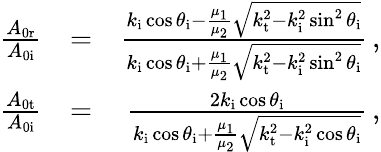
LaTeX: \begin{array}{rlr}{\frac{A_{\mathrm{0r}}}{A_{\mathrm{0i}}}}&{=}&{\frac{k_{\mathrm{i}}\cos\theta_{\mathrm{i}}-\frac{\mu_{1}}{\mu_{2}}\sqrt{k_{\mathrm{t}}^{2}-k_{\mathrm{i}}^{2}\sin^{2}\theta_{\mathrm{i}}}}{k_{\mathrm{i}}\cos\theta_{\mathrm{i}}+\frac{\mu_{1}}{\mu_{2}}\sqrt{k_{\mathrm{t}}^{2}-k_{\mathrm{i}}^{2}\sin^{2}\theta_{\mathrm{i}}}}\, ,}\\ {\frac{A_{\mathrm{0t}}}{A_{\mathrm{0i}}}}&{=}&{\frac{2k_{\mathrm{i}}\cos\theta_{\mathrm{i}}}{k_{\mathrm{i}}\cos\theta_{\mathrm{i}}+\frac{\mu_{1}}{\mu_{2}}\sqrt{k_{\mathrm{t}}^{2}-k_{\mathrm{i}}^{2}\cos\theta_{\mathrm{i}}}}\, ,}\end{array}